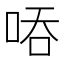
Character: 㖔